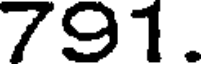
791.